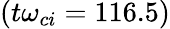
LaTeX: (t\omega_{ci}=116.5)